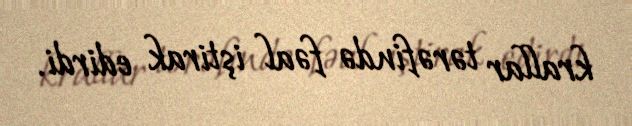
krallar tərəfində fəal iştirak edirdi.